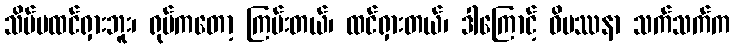
သိပ်မထင်ရှားဘူး၊ ရုပ်ကတော့ ကြမ်းတယ်၊ ထင်ရှားတယ်၊ ဒါကြောင့် ဝိပဿနာ သက်သက်က